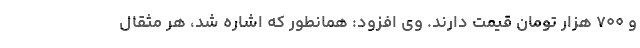
و ۷۰۰ هزار تومان قیمت دارند. وی افزود: همانطور که اشاره شد، هر مثقال